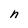
Character: n